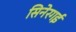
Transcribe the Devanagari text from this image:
सिनेरगई